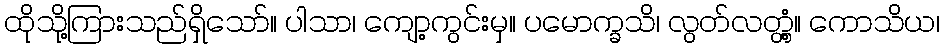
ထိုသို့ကြားသည်ရှိသော်။ ပါသာ၊ ကျော့ကွင်းမှ။ ပမောက္ခသိ၊ လွတ်လတ္တံ့။ ကောသိယ၊